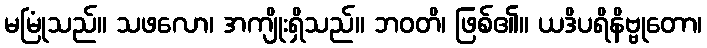
မမြုံသည်။ သဖလော၊ အကျိုးရှိသည်။ ဘဝတိ၊ ဖြစ်၏။ ယဒိပရိနိဗ္ဗုတော၊